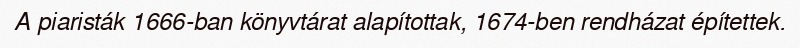
A piaristák 1666-ban könyvtárat alapítottak, 1674-ben rendházat építettek.